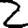
Digit: 2